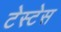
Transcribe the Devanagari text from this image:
टेस्टेस